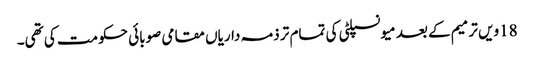
18ویں ترمیم کے بعد میونسپلٹی کی تمام تر ذمہ داریاں مقامی صوبائی حکومت کی تھی۔